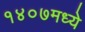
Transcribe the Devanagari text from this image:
१४०७मध्ये